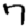
Digit: 7